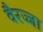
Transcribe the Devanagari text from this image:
वैरज्जा